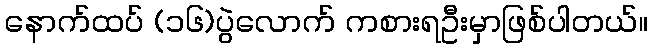
နောက်ထပ် (၁၆)ပွဲလောက် ကစားရဦးမှာဖြစ်ပါတယ်။